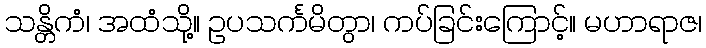
သန္တိကံ၊ အထံသို့။ ဥပသင်္ကမိတွာ၊ ကပ်ခြင်းကြောင့်။ မဟာရာဇ၊